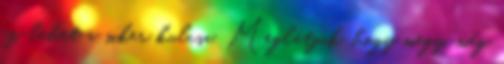
ez lehet a siker kulcsa. Meglátjuk, hogy megy, még